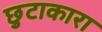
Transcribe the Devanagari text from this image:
छुटाकारा